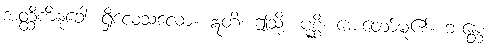
အတ္ထိကိံနုခေါ၊ ရှိလေသလော။ ဣတိ၊ ဤသို့။ ပုစ္ဆိ၊ မေးတော်မူ၏။ ဘန္တေ၊